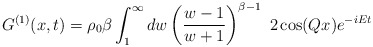
\begin{align*}G^{(1)}(x,t)=\rho_0\beta \int_1^\infty dw \left( {w-1\over w+1}\right)^{\beta-1}\ 2\cos(Q x) e^{-i E t}\end{align*}